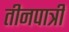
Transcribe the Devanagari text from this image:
तीनपात्री